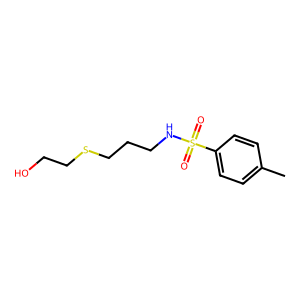
SMILES: Cc1ccc(S(=O)(=O)NCCCSCCO)cc1
Inhibits HIV replication: No